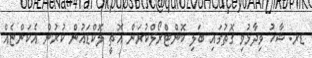
ޑރ. ޝާހު ވިދާޅުވި ގޮތުގައި ބަލި ކޮންޓްރޯލްކުރަން އޮތީ ލޮކްޑައުން ކުރުން އެކަންޏެއް